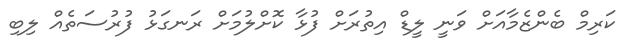
ކަރިމް ބެންޒެމާއަށް ވަނީ ލީޑް އިތުރަށް ފުޅާ ކޮށްލުމަށް ރަނގަޅު ފުރުސަތެއް ލިބި